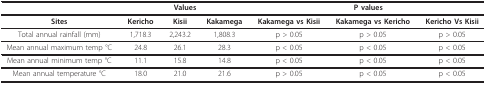
|  | <COLSPAN=3> Values | <COLSPAN=3> P values |
 | --- | --- | --- | --- | --- | --- | --- |
 | Sites | Kericho | Kisii | Kakamega | Kakamega vs Kisii | Kakamega vs Kericho | Kericho Vs Kisii |
 | Total annual rainfall (mm) | 1,718.3 | 2,243.2 | 1,808.3 | p > 0.05 | p > 0.05 | p > 0.05 |
 | Mean annual maximum temp °C | 24.8 | 26.1 | 28.3 | p < 0.05 | p < 0.05 | p < 0.05 |
 | Mean annual minimum temp °C | 11.1 | 15.8 | 14.8 | p < 0.05 | p < 0.05 | p < 0.05 |
 | Mean annual temperature °C | 18.0 | 21.0 | 21.6 | p > 0.05 | p < 0.05 | p < 0.05 |